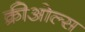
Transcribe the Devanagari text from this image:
क्रीओल्स